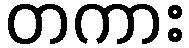
တကား